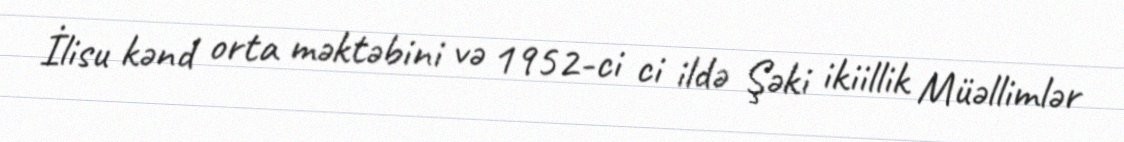
İlisu kənd orta məktəbini və 1952-ci ci ildə Şəki ikiillik Müəllimlər